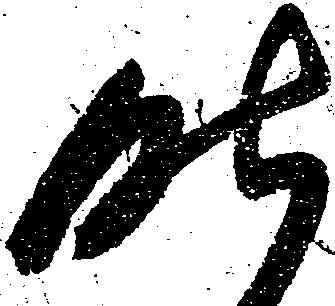
昨